Report on vaccination North-West Frontier Province 1904-1922 - 1904-1922
Year: 1904
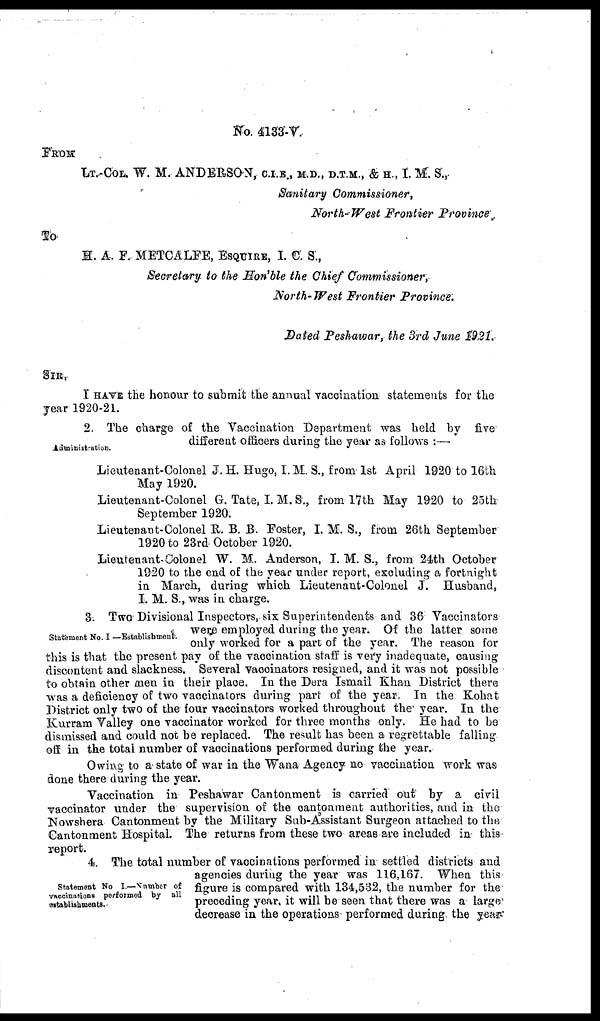
No. 4133-V.
FROM
LT. COL. W. M. ANDERSON, C.I.E., M.D., D.T.M., & H., I. M. S.,
Sanitary Commissioner,
North-West Frontier Province.
To
H. A. F. METCALFE, ESQUIRE, I. C. S.,
Secretary to the Hon'ble the Chief Commissioner,
North- West Frontier Province.
Dated Peshawar, the 3rd June 1921.
SIR,
I HAVE the honour to submit the annual vaccination statements for the
year 1920-21.
Administration.
2. The charge of the Vaccination Department was held by five
different officers during the year as follows :—
Lieutenant-Colonel J. H. Hugo, I. M. S., from 1st April 1920 to 16th
May 1920.
Lieutenant-Colonel G. Tate, I. M. S., from 17th May 1920 to 25th
September 1920.
Lieutenant-Colonel R. B. B. Foster, I. M. S., from 26th September
1920 to 23rd October 1920.
Lieutenant-Colonel W. M. Anderson, I. M. S., from 24th October
1920 to the end of the year under report, excluding a fortnight
in March, during which Lieutenant-Colonel J. Husband,
I. M. S., was in charge.
Statement No. I —Establishment.
3. Two Divisional Inspectors, six Superintendents and 36 Vaccinators
were employed during the year. Of the latter some
only worked for a part of the year. The reason for
this is that the present pay of the vaccination staff is very inadequate, causing
discontent and slackness. Several vaccinators resigned, and it was not possible
to obtain other men in their place. In the Dera Ismail Khan District there
was a deficiency of two vaccinators during part of the year. In the Kohat
District only two of the four vaccinators worked throughout the year. In the
Kurram Valley one vaccinator worked for three months only. He had to be
dismissed and could not be replaced. The result has been a regrettable falling
off in the total number of vaccinations performed during the year.
Owing to a state of war in the Wana Agency no vaccination work was
done there during the year.
Vaccination in Peshawar Cantonment is carried out by a civil
vaccinator under the supervision of the cantonment authorities, and in the
Nowshera Cantonment by the Military Sub-Assistant Surgeon attached to the
Cantonment Hospital. The returns from these two areas are included in this
report.
Statement No I.—Number of
vaccinations performed by all
establishments.
4. The total number of vaccinations performed in settled districts and
agencies during the year was 116,167. When this
figure is compared with 134,532, the number for the
preceding year it will be seen that there was a large
decrease in the operations performed during the year.